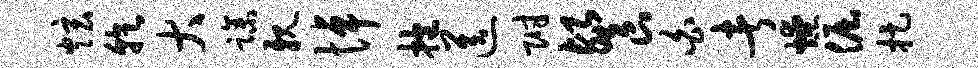
炫乾大躁亲悼抱送附餐白者燎倔捉